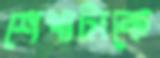
শেখাটাকে